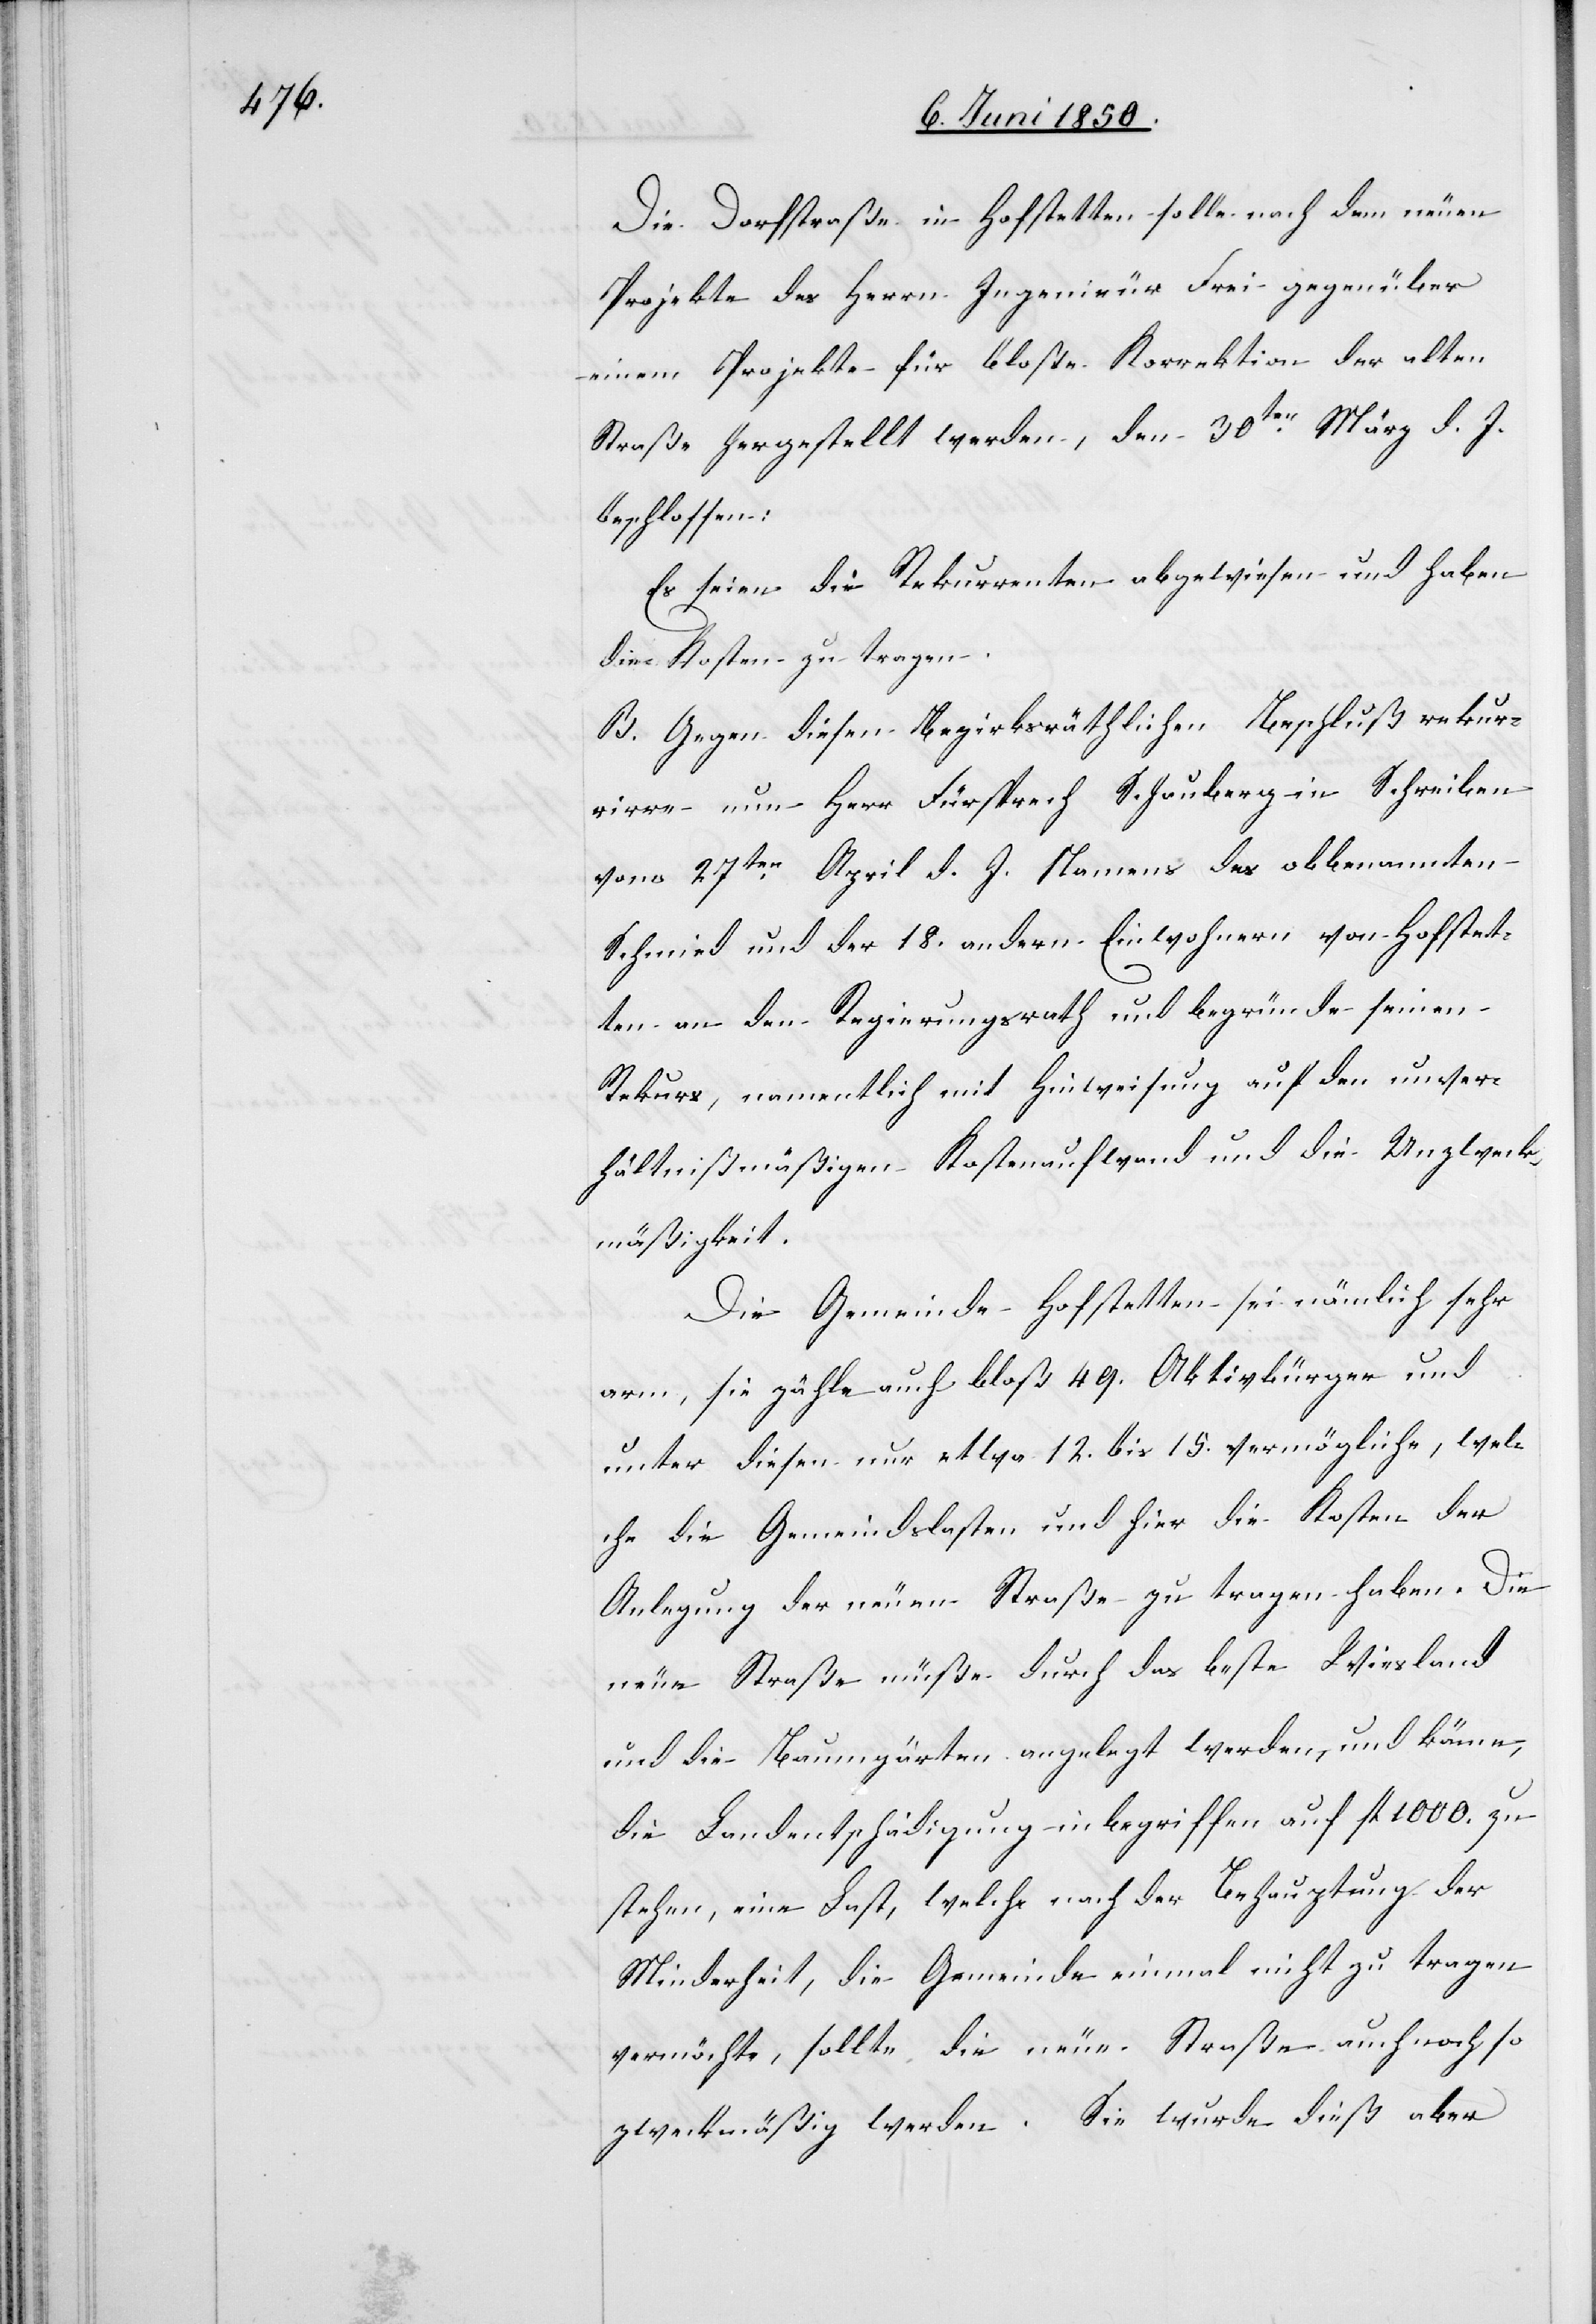
Die Dorfstraße in Hofstetten solle nach dem neuen
Projekte des Herrn Ingenieur Frei gegenüber
einem Projekte für bloße Korrektion der alten
Straße hergestellt werden, den 30ten März d. J.
beschlossen:
Es seien die Rekurrenten abgewiesen und haben
die Kosten zu tragen.
B. Gegen diesen Bezirksräthlichen Beschluß rekur¬
rirre nun Herr Fürsprech Schauberg in Schreiben
vom 27ten April d. J. Namens des obbenannten
Schmied und der 18. andern Einwohnern von Hofstet¬
ten an den Regierungsrath und begründe seinen
Rekurs, namentlich mit Hinweisung auf den unver¬
hältnißmäßigen Kostenaufwand und die Unzweck¬
mäßigkeit.
Die Gemeinde Hofstetten sei nämlich sehr
arm, sie zähle auch bloß 49. Aktivbürger und
unter diesen nur etwa 12. bis 15. vermögliche, wel¬
che die Gemeindslasten und hier die Kosten der
Anlegung der neuen Straße zu tragen haben. Die
neue Straße müße durch das beste Wiesland
und die Baumgärten angelegt werden, und käme,
die Landentschädigung inbegriffen auf fl 1000. zu
stehen, eine Last, welche nach der Behauptung der
Minderheit, die Gemeinde einmal nicht zu tragen
vermöchte, sollte die neue Straße auch noch so
zweckmäßig werden. Sie wurde dieß aber